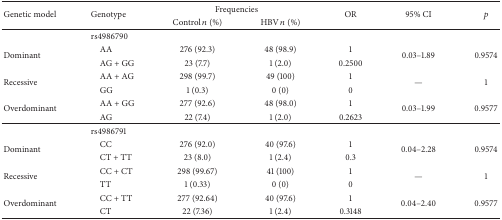
<table><thead><tr><td rowspan="2"><b>Genetic model</b></td><td rowspan="2"><b>Genotype</b></td><td colspan="2"><b>Frequencies</b></td><td rowspan="2"><b>OR</b></td><td rowspan="2"><b>95% CI</b></td><td rowspan="2"><b><i>p</i></b></td></tr><tr><td><b>Control <i>n</i> (%)</b></td><td><b>HBV <i>n</i> (%)</b></td></tr></thead><tbody><tr><td> </td><td>rs4986790</td><td> </td><td> </td><td> </td><td> </td><td> </td></tr><tr><td rowspan="2">Dominant</td><td> AA</td><td>276 (92.3)</td><td>48 (98.9)</td><td>1</td><td rowspan="2">0.03–1.89</td><td rowspan="2">0.9574</td></tr><tr><td> AG + GG</td><td>23 (7.7)</td><td>1 (2.0)</td><td>0.2500</td></tr><tr><td rowspan="2">Recessive</td><td> AA + AG</td><td>298 (99.7)</td><td>49 (100)</td><td>1</td><td rowspan="2">—</td><td rowspan="2">1</td></tr><tr><td> GG</td><td>1 (0.3)</td><td>0 (0)</td><td>0</td></tr><tr><td rowspan="2">Overdominant</td><td> AA + GG</td><td>277 (92.6)</td><td>48 (98.0)</td><td>1</td><td rowspan="2">0.03–1.99</td><td rowspan="2">0.9577</td></tr><tr><td> AG</td><td>22 (7.4)</td><td>1 (2.0)</td><td>0.2623</td></tr><tr><td> </td><td>rs4986791</td><td> </td><td> </td><td> </td><td> </td><td> </td></tr><tr><td rowspan="2">Dominant</td><td> CC</td><td>276 (92.0)</td><td>40 (97.6)</td><td>1</td><td rowspan="2">0.04–2.28</td><td rowspan="2">0.9574</td></tr><tr><td> CT + TT</td><td>23 (8.0)</td><td>1 (2.4)</td><td>0.3</td></tr><tr><td rowspan="2">Recessive</td><td> CC + CT</td><td>298 (99.67)</td><td>41 (100)</td><td>1</td><td rowspan="2">—</td><td rowspan="2">1</td></tr><tr><td> TT</td><td>1 (0.33)</td><td>0 (0)</td><td>0</td></tr><tr><td rowspan="2">Overdominant</td><td> CC + TT</td><td>277 (92.64)</td><td>40 (97.6)</td><td>1</td><td rowspan="2">0.04–2.40</td><td rowspan="2">0.9577</td></tr><tr><td> CT</td><td>22 (7.36)</td><td>1 (2.4)</td><td>0.3148</td></tr></tbody></table>